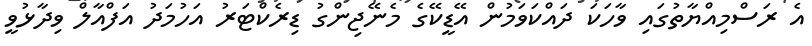
އެ ރަސްމިއްޔާތުގައި ވާހަކަ ދައްކަވަމުން އޭޑީކޭގެ މެނޭޖިންގު ޑިރެކްޓަރު އަހުމަދު އަފްއާލް ވިދާޅުވީ